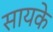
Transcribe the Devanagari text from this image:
सायके